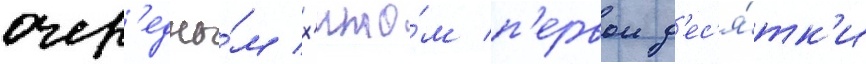
очер'едны́м х'ито́м п'ервои д'ес'я́тк'и